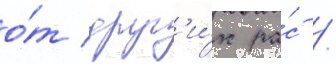
о́т друг'и́х ра́с /